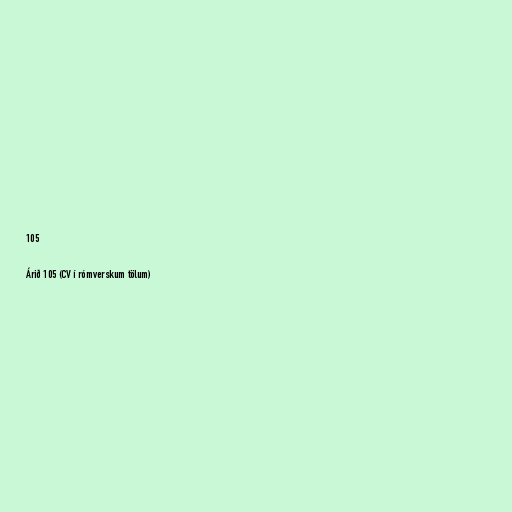
105

Árið 105 (CV í rómverskum tölum)